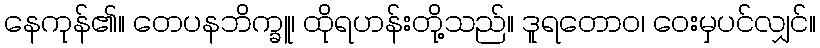
နေကုန်၏။ တေပနဘိက္ခူ၊ ထိုရဟန်းတို့သည်။ ဒူရတောဝ၊ ဝေးမှပင်လျှင်။